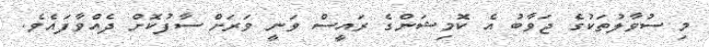
މި ސުވާލުތަކުގެ ޖަވާބު އެ ކޮމިޝަންގެ ރައީސް ވަނީ ވަރަށް ސާފުކޮށް ދެއްވާފައެވެ.